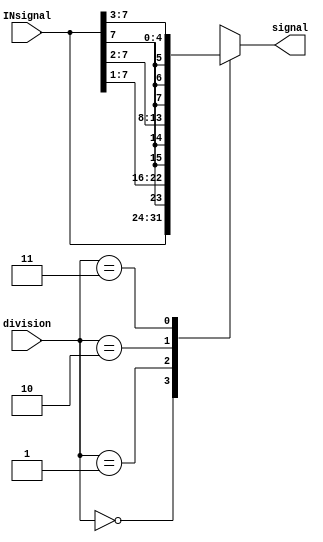
module AmplitudeSelector(input [7:0]INsignal, input [1:0] division, output reg [7:0] signal);
   always @(INsignal or division) begin
        signal = 8'b00000000;
        case (division)
            2'b00: signal = INsignal;
            2'b01: signal = {{1{INsignal[7]}}, INsignal[7:1]};
            2'b10: signal = {{2{INsignal[7]}}, INsignal[7:2]};
            2'b11: signal = {{3{INsignal[7]}}, INsignal[7:3]};
        endcase
    end
endmodule